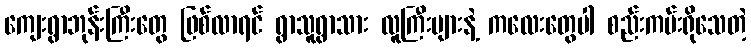
ကျေးရွာဘုန်းကြီးတွေ ဖြစ်လာရင် ရွာသူရွာသား လူကြီးများနဲ့ ကလေးတွေပါ စည်းကမ်းရိုသေတဲ့